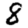
Digit: 8